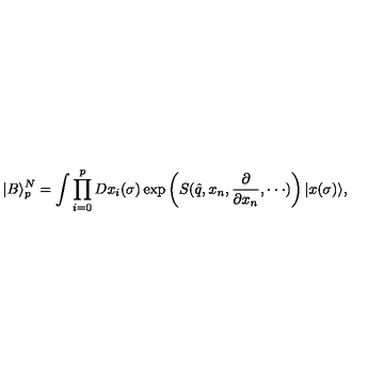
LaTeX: | B \rangle _ { p } ^ { N } = \int \prod _ { i = 0 } ^ { p } D x _ { i } ( \sigma ) \exp \left( S ( \hat { q } , x _ { n } , { \frac { \partial } { \partial x _ { n } } } , \cdot \cdot \cdot ) \right) | x ( \sigma ) \rangle ,